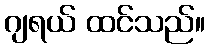
ဂျရယ် ထင်သည်။